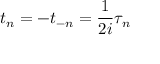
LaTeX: t _ { n } = - t _ { - n } = \frac { 1 } { 2 i } \tau _ { n }